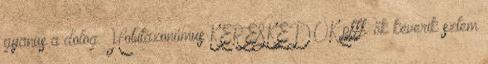
gyanus a dolog. Hobitaxonómus KERESKEDŐK pfff. ők keverik sztem